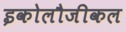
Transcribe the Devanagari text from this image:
इकोलौजीकल